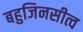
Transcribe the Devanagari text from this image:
बहुजिनसीत्व